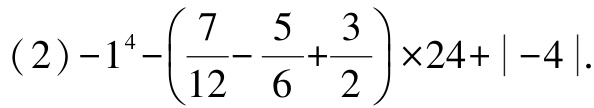
\((2)-1^{4}-\left(\dfrac{7}{12}-\dfrac{5}{6}+\dfrac{3}{2}\right)\times24+\vert -4\vert\)